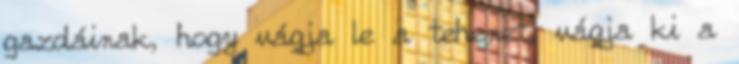
gazdáinak, hogy vágja le a tehenet, vágja ki a